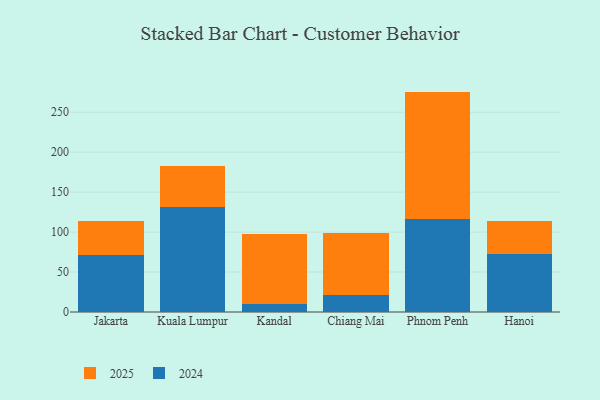
{"axis": {"x": "City", "y": "Market Share (%)"}, "legend": ["2024", "2025"], "data": [{"x": "Jakarta", "y": 71.9, "type": "2024"}, {"x": "Jakarta", "y": 41.6, "type": "2025"}, {"x": "Kuala Lumpur", "y": 130.8, "type": "2024"}, {"x": "Kuala Lumpur", "y": 52.5, "type": "2025"}, {"x": "Kandal", "y": 10.2, "type": "2024"}, {"x": "Kandal", "y": 87.9, "type": "2025"}, {"x": "Chiang Mai", "y": 21.5, "type": "2024"}, {"x": "Chiang Mai", "y": 77.8, "type": "2025"}, {"x": "Phnom Penh", "y": 115.9, "type": "2024"}, {"x": "Phnom Penh", "y": 159.9, "type": "2025"}, {"x": "Hanoi", "y": 72.4, "type": "2024"}, {"x": "Hanoi", "y": 41.6, "type": "2025"}]}